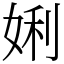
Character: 娳